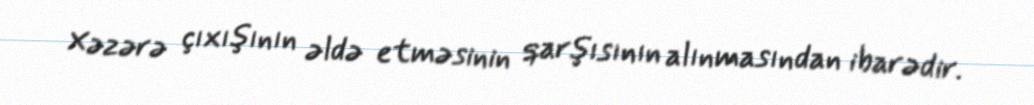
Xəzərə çıxışının əldə etməsinin qarşısının alınmasından ibarədir.